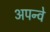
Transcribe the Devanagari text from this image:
अपन्वे